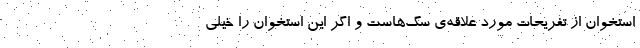
استخوان از تفریحات مورد علاقه‌ی سگ‌هاست و اگر این استخوان را خیلی